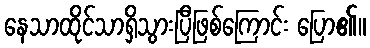
နေသာထိုင်သာရှိသွားပြီဖြစ်ကြောင်း ပြော၏။